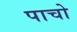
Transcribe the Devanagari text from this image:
पाचो